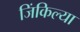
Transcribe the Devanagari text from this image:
जिंकिल्या